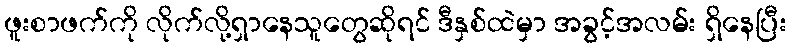
ဖူးစာဖက်ကို လိုက်လို့ရှာနေသူတွေဆိုရင် ဒီနှစ်ထဲမှာ အခွင့်အလမ်း ရှိနေပြီး